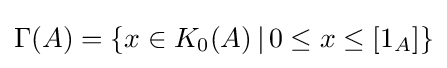
\Gamma (A)=\{x\in K_{0}(A)\,|\,0\leq x\leq [1_{A}]\}